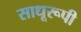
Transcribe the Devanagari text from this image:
साधूरूपी